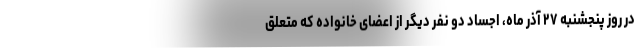
در روز پنجشنبه ۲۷ آذر ماه، اجساد دو نفر دیگر از اعضای خانواده که متعلق